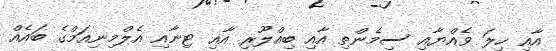
އާއި ހިލަ ވެއްޔާއި ސިމެންތި އާއި ބިއްލޫރި އާއި ޓިނާއި އެލްމިނިއަމްގެ ބައެއް